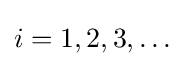
i=1,2,3,\ldots